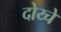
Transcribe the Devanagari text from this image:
दोय्चे